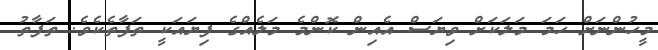
މީހުންނަށް ހަމަ މަލަކަށް ވިޔަސް އެއިން ކޮންމެ މަލެއްގެ ފިޔައަކީ ތަފާތެކެވެ. ތަފާތު